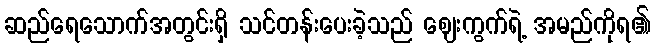
ဆည်ရေသောက်အတွင်းရှိ သင်တန်းပေးခဲ့သည် ဈေးကွက်ရဲ့ အမည်ကိုရ၏